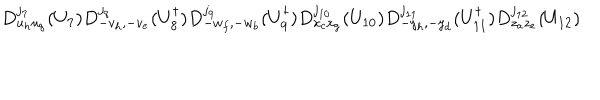
D _ { u _ { h } u _ { g } } ^ { j _ { 7 } } ( U _ { 7 } ) D _ { - v _ { h } , - v _ { e } } ^ { j _ { 8 } } ( U _ { 8 } ^ { \dagger } ) D _ { - w _ { f } , - w _ { b } } ^ { j _ { 9 } } ( U _ { 9 } ^ { \dagger } ) D _ { x _ { c } x _ { g } } ^ { j _ { 1 0 } } ( U _ { 1 0 } ) D _ { - y _ { h } , - y _ { d } } ^ { j _ { 1 1 } } ( U _ { 1 1 } ^ { \dagger } ) D _ { z _ { a } z _ { e } } ^ { j _ { 1 2 } } ( U _ { 1 2 } )